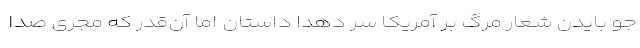
جو بایدن شعار مرگ بر آمریکا سر دهد! داستان اما آن‌قدر که مجری صدا